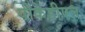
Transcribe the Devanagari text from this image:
पीकेडीएल